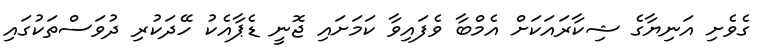
ގެވެށި އަނިޔާގެ ޝިކާރައަކަށް އެމްބާ ވެފައިވާ ކަމަށައި ޖޮނީ ޑެޕާއެކު ހޭދަކުރި ދުވަސްތަކުގައި